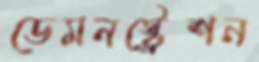
ডেমনস্ট্রেশন